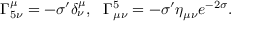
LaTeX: \Gamma _ { 5 \nu } ^ { \mu } = - \sigma ^ { \prime } \delta _ { \nu } ^ { \mu } , ~ ~ \Gamma _ { \mu \nu } ^ { 5 } = - \sigma ^ { \prime } \eta _ { \mu \nu } e ^ { - 2 \sigma } .